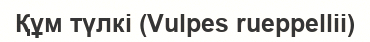
Құм түлкі (Vulpes rueppellii)